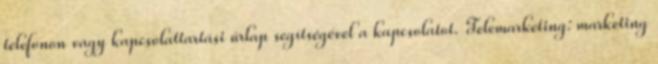
telefonon vagy kapcsolattartási űrlap segítségével a kapcsolatot. Telemarketing: marketing